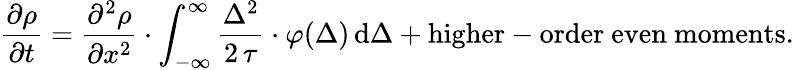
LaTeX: {\frac{\partial\rho}{\partial t}}={\frac{\partial^{2}\rho}{\partial x^{2}}}\cdot\int_{-\infty}^{\infty}{\frac{\Delta^{2}}{2\, \tau}}\cdot\varphi(\Delta)\, \mathrm{d}\Delta+{\mathrm{higher-order~even~moments.}}